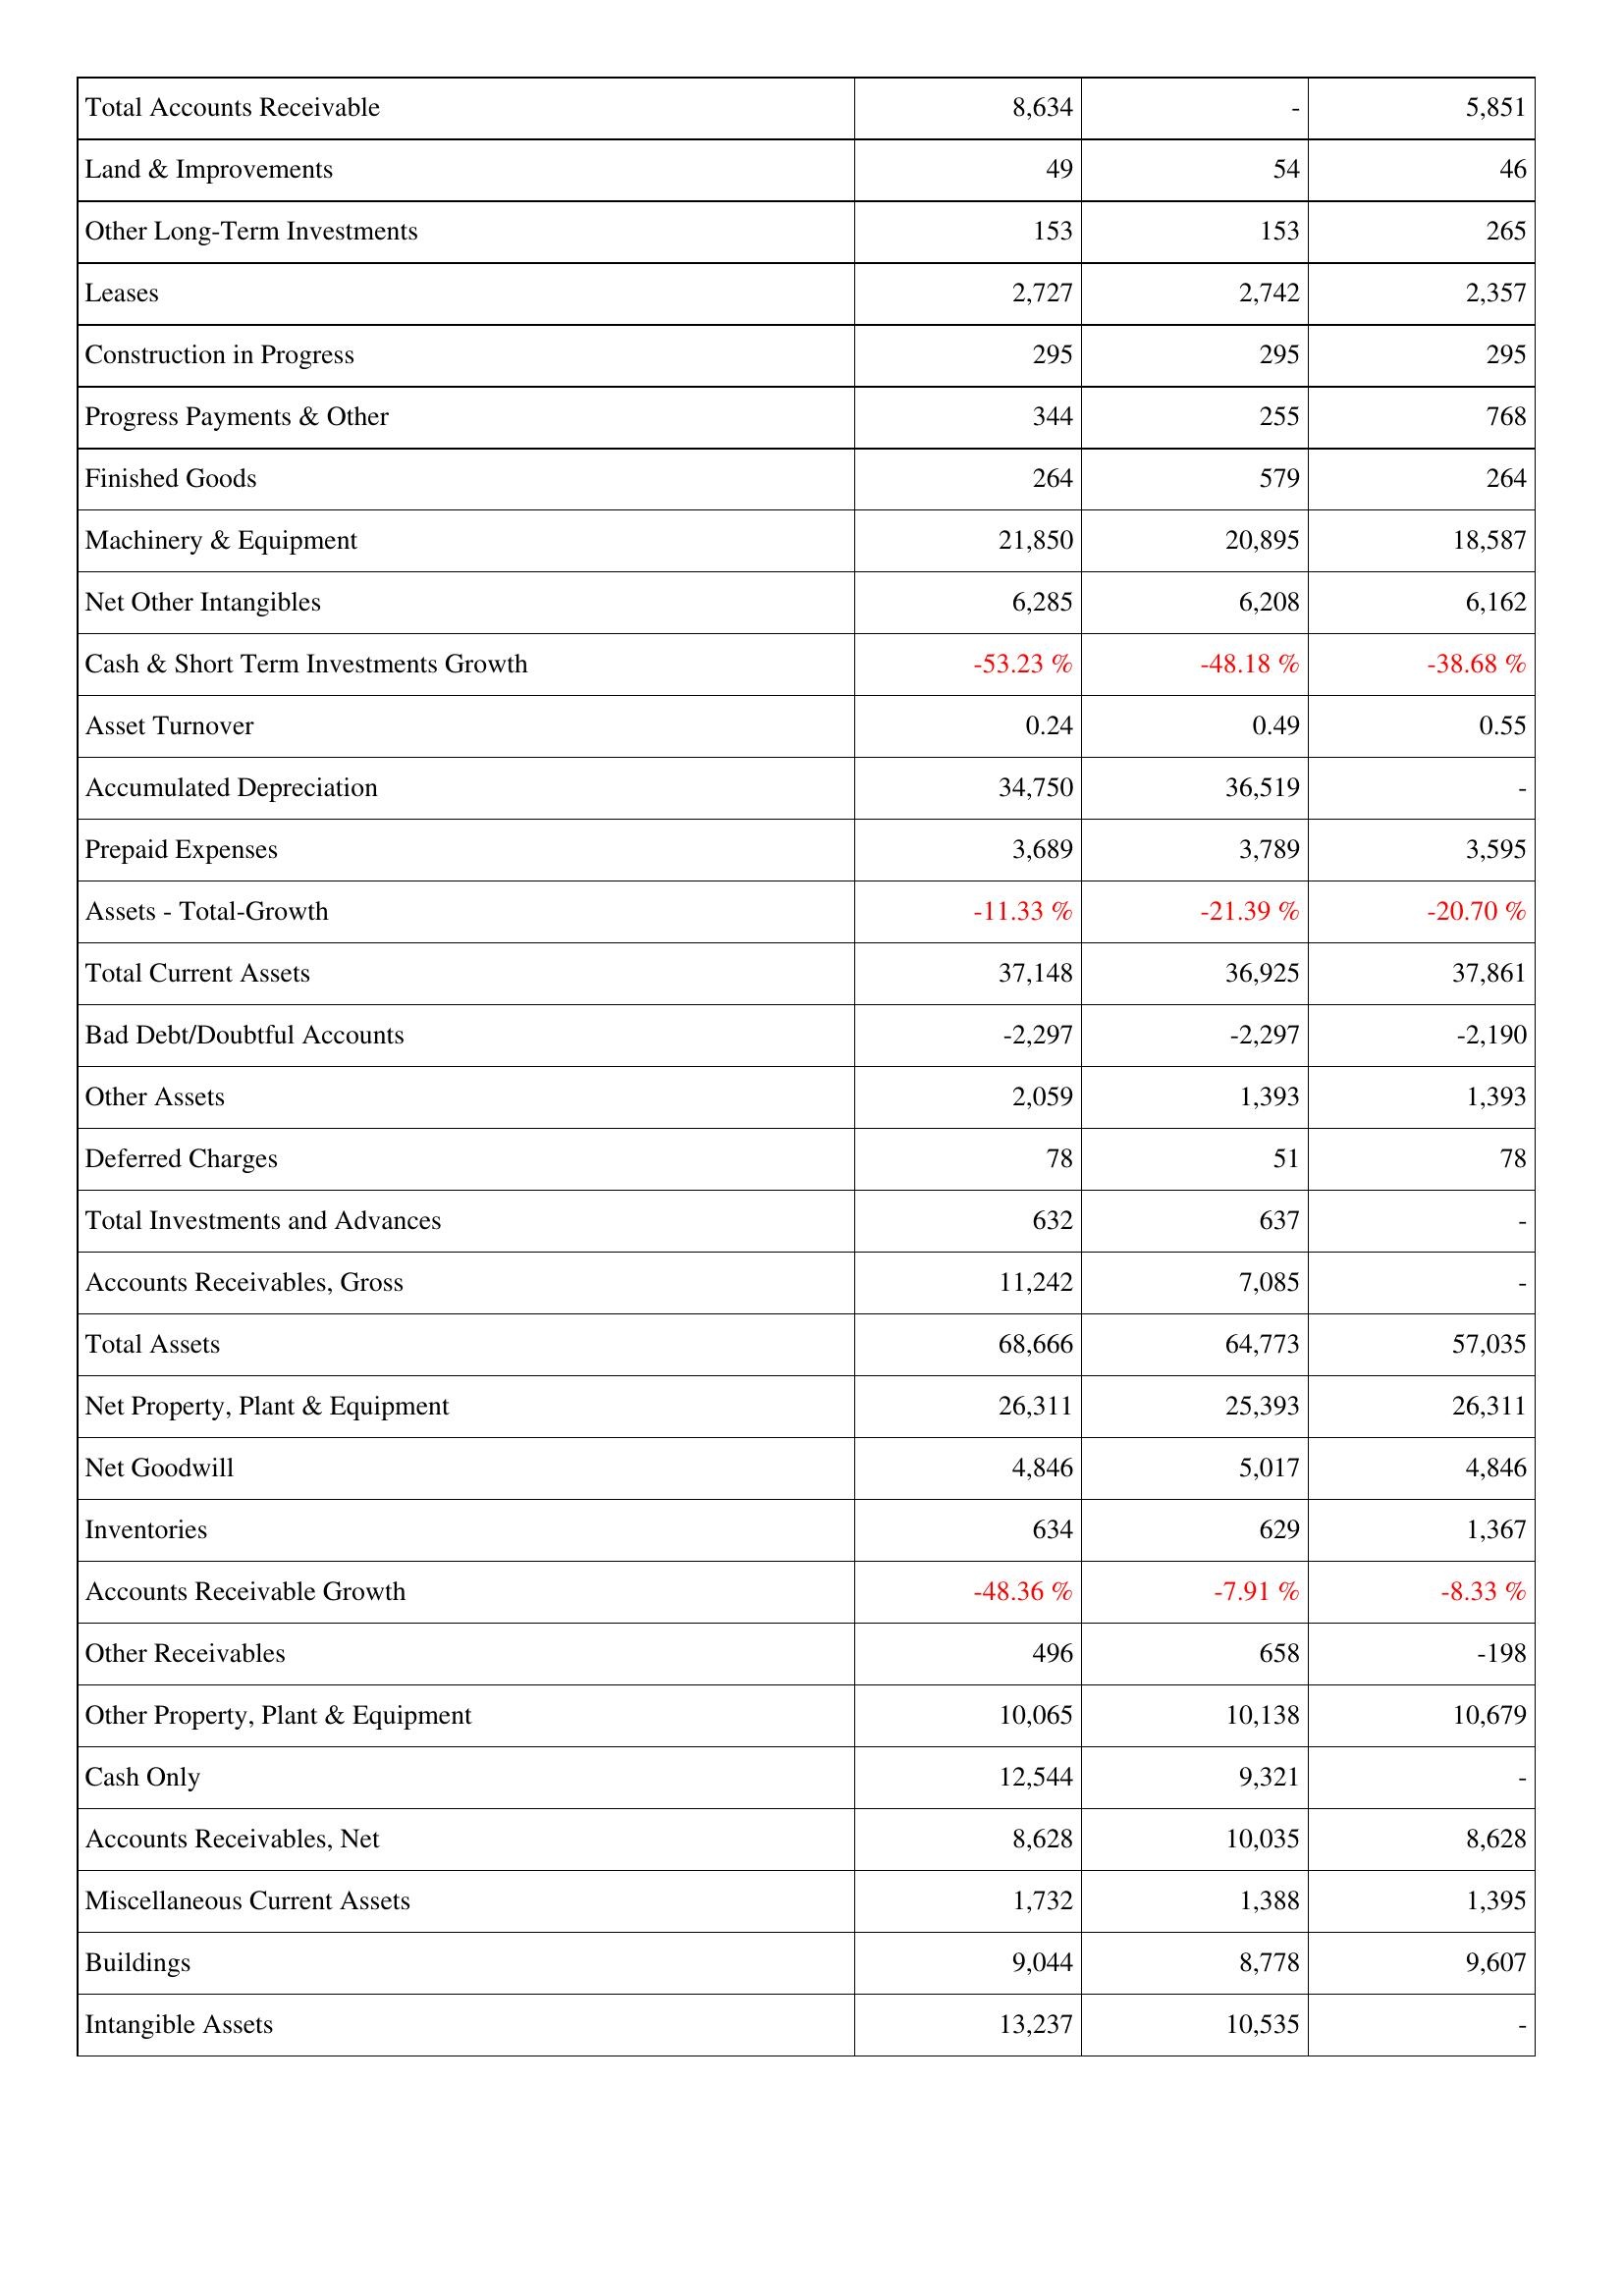
2012: Assets: Total Accounts Receivable: 8,634
Land & Improvements: 49
Other Long-Term Investments: 153
Leases: 2,727
Construction in Progress: 295
Progress Payments & Other: 344
Finished Goods: 264
Machinery & Equipment: 21,850
Net Other Intangibles: 6,285
Cash & Short Term Investments Growth: -53.23 %
Asset Turnover: 0.24
Accumulated Depreciation: 34,750
Prepaid Expenses: 3,689
Assets - Total-Growth: -11.33 %
Total Current Assets: 37,148
Bad Debt/Doubtful Accounts: -2,297
Other Assets: 2,059
Deferred Charges: 78
Total Investments and Advances: 632
Accounts Receivables, Gross: 11,242
Total Assets: 68,666
Net Property, Plant & Equipment: 26,311
Net Goodwill: 4,846
Inventories: 634
Accounts Receivable Growth: -48.36 %
Other Receivables: 496
Other Property, Plant & Equipment: 10,065
Cash Only: 12,544
Accounts Receivables, Net: 8,628
Miscellaneous Current Assets: 1,732
Buildings: 9,044
Intangible Assets: 13,237
2011: Assets: Total Accounts Receivable: -
Land & Improvements: 54
Other Long-Term Investments: 153
Leases: 2,742
Construction in Progress: 295
Progress Payments & Other: 255
Finished Goods: 579
Machinery & Equipment: 20,895
Net Other Intangibles: 6,208
Cash & Short Term Investments Growth: -48.18 %
Asset Turnover: 0.49
Accumulated Depreciation: 36,519
Prepaid Expenses: 3,789
Assets - Total-Growth: -21.39 %
Total Current Assets: 36,925
Bad Debt/Doubtful Accounts: -2,297
Other Assets: 1,393
Deferred Charges: 51
Total Investments and Advances: 637
Accounts Receivables, Gross: 7,085
Total Assets: 64,773
Net Property, Plant & Equipment: 25,393
Net Goodwill: 5,017
Inventories: 629
Accounts Receivable Growth: -7.91 %
Other Receivables: 658
Other Property, Plant & Equipment: 10,138
Cash Only: 9,321
Accounts Receivables, Net: 10,035
Miscellaneous Current Assets: 1,388
Buildings: 8,778
Intangible Assets: 10,535
2010: Assets: Total Accounts Receivable: 5,851
Land & Improvements: 46
Other Long-Term Investments: 265
Leases: 2,357
Construction in Progress: 295
Progress Payments & Other: 768
Finished Goods: 264
Machinery & Equipment: 18,587
Net Other Intangibles: 6,162
Cash & Short Term Investments Growth: -38.68 %
Asset Turnover: 0.55
Accumulated Depreciation: -
Prepaid Expenses: 3,595
Assets - Total-Growth: -20.70 %
Total Current Assets: 37,861
Bad Debt/Doubtful Accounts: -2,190
Other Assets: 1,393
Deferred Charges: 78
Total Investments and Advances: -
Accounts Receivables, Gross: -
Total Assets: 57,035
Net Property, Plant & Equipment: 26,311
Net Goodwill: 4,846
Inventories: 1,367
Accounts Receivable Growth: -8.33 %
Other Receivables: -198
Other Property, Plant & Equipment: 10,679
Cash Only: -
Accounts Receivables, Net: 8,628
Miscellaneous Current Assets: 1,395
Buildings: 9,607
Intangible Assets: -